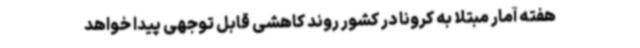
هفته آمار مبتلا به کرونا در کشور روند کاهشی قابل توجهی پیدا خواهد